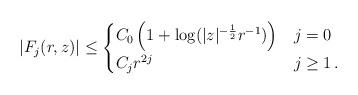
LaTeX: \begin{align*}|F_j(r,z)|\le \begin{cases}C_0 \left( 1+ \log(|z|^{-\frac12}r^{-1})\right) &j=0\\C_j r^{2j}&j\ge 1\,.\end{cases} \end{align*}